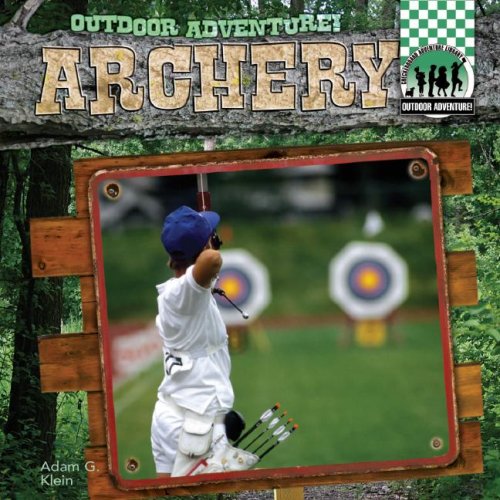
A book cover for Archery (Outdoor Adventure!); Adam G. Klein; Children's Books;